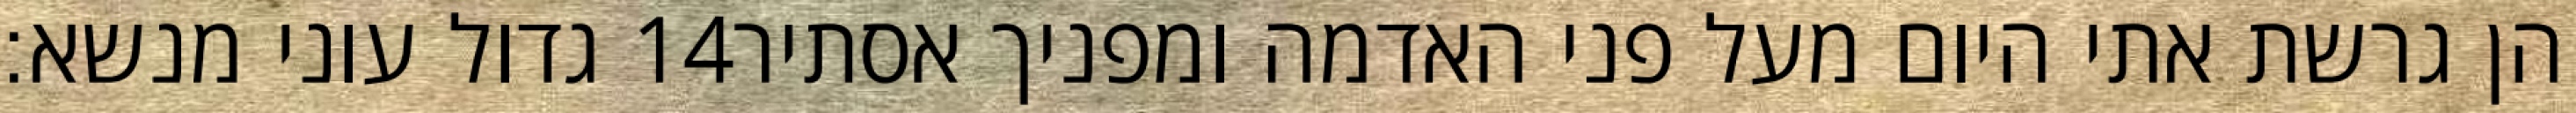
גדול עוני מנשא׃ ‎14‏ הן גרשת אתי היום מעל פני האדמה ומפניך אסתיר